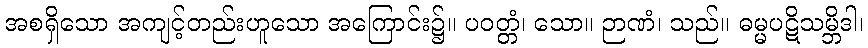
အစရှိသော အကျင့်တည်းဟူသော အကြောင်း၌။ ပဝတ္တံ၊ သော။ ဉာဏံ၊ သည်။ ဓမ္မပဋိသမ္ဘိဒါ၊